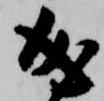
成